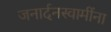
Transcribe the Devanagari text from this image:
जनार्दनस्वामींना